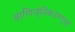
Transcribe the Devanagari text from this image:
वाणिज्यिकउपग्रह